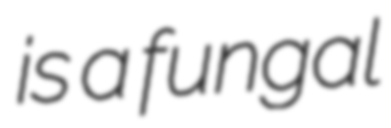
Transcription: is a fungal